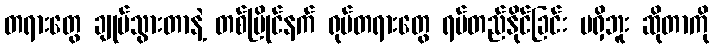
တရားတွေ ချုပ်သွားတာနဲ့ တစ်ပြိုင်နက် ရုပ်တရားတွေ ရပ်တည်နိုင်ခြင်း မရှိဘူး ဆိုတာကို